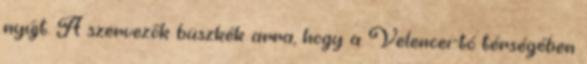
nyújt. A szervezők büszkék arra, hogy a Velencei-tó térségében